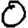
Digit: 0